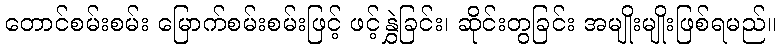
တောင်စမ်းစမ်း မြောက်စမ်းစမ်းဖြင့် ဖင့်နွှဲခြင်း၊ ဆိုင်းတွခြင်း အမျိုးမျိုးဖြစ်ရမည်။